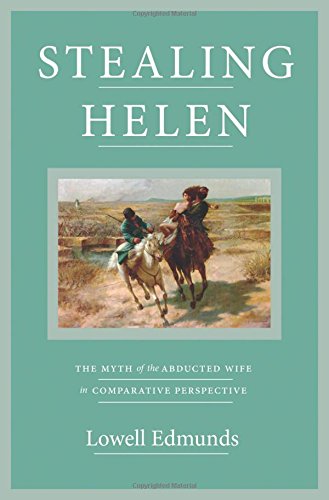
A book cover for Stealing Helen: The Myth of the Abducted Wife in Comparative Perspective; Lowell Edmunds; Literature & Fiction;